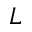
L